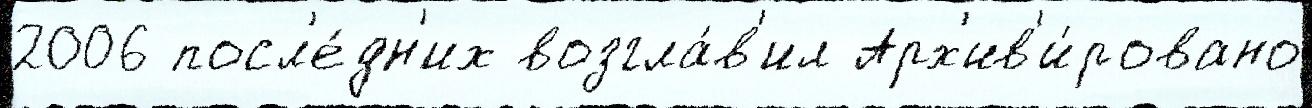
2006 посл'е́дн'их возгла́в'ил Арх'ив'и́ровано